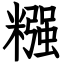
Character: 糨